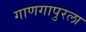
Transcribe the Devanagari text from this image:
गाणगापुरला